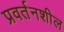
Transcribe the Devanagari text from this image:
प्रवर्तनशील